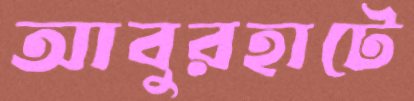
আবুরহাটে